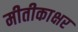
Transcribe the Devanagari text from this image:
मीतीकाक्षर